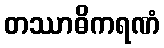
တဿာဓိကရဏံ